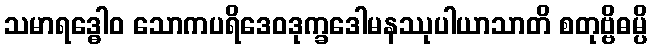
သမာရဒ္ဓေါဝ သောကပရိဒေဝဒုက္ခဒေါမနဿုပါယာသာတိ စတုဗ္ဗိဓမ္ပိ